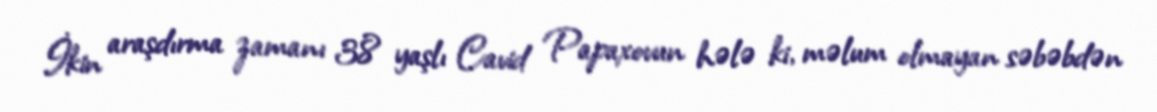
İkin araşdırma zamanı 38 yaşlı Cavid Papaxovun hələ ki, məlum olmayan səbəbdən